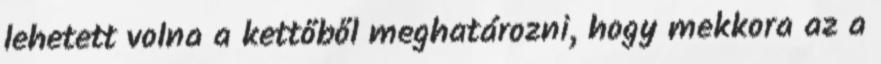
lehetett volna a kettőből meghatározni, hogy mekkora az a